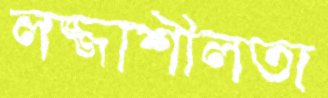
লজ্জাশীলতা